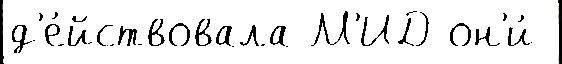
д'е́йствовала М'ИД он'и́